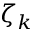
\zeta _ { k }